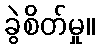
ခွဲစိတ်မှု။